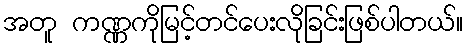
အတူ ကဏ္ဏကိုမြင့်တင်ပေးလိုခြင်းဖြစ်ပါတယ်။